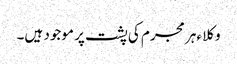
وکلا ءہر مجرم کی پشت پر موجود ہیں۔